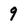
Character: 9